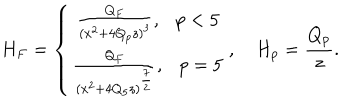
H _ { F } = \left\{ \begin{matrix} { { { \frac { Q _ { F } } { ( x ^ { 2 } + 4 Q _ { p } z ) ^ { 3 } } } , \ \ \ p < 5 } } \\ { { { \frac { Q _ { F } } { ( x ^ { 2 } + 4 Q _ { 5 } z ) ^ { \frac { 7 } { 2 } } } } , \ \ \ p = 5 } } \\ \end{matrix} \right. , H _ { p } = { \frac { Q _ { p } } { z } } .